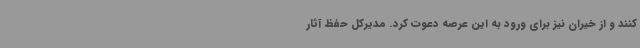
کنند و از خیران نیز برای ورود به این عرصه دعوت کرد. مدیرکل حفظ آثار